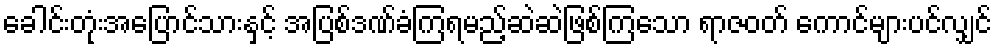
ခေါင်းတုံးအပြောင်သားနှင့် အပြစ်ဒဏ်ခံကြရမည့်ဆဲဆဲဖြစ်ကြသော ရာဇဝတ် ကောင်များပင်လျှင်